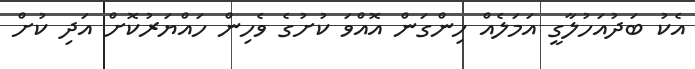
އެކު ބަދުއަހުލާގީ އަމަލެއް ހިންގަން އޮއްވަ ކުށުގެ ވެހިން ހައްޔަރުކޮށް އަދި ކުށް